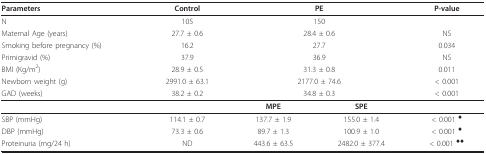
| Parameters | Control | <COLSPAN=2> PE | P-value |
 | --- | --- | --- | --- | --- |
 | N | 105 | <COLSPAN=2> 150 |  |
 | Maternal Age (years) | 27.7 ± 0.6 | <COLSPAN=2> 28.4 ± 0.6 | NS |
 | Smoking before pregnancy (%) | 16.2 | <COLSPAN=2> 27.7 | 0.034 |
 | Primigravid (%) | 37.9 | <COLSPAN=2> 36.9 | NS |
 | BMI (Kg/m2) | 28.9 ± 0.5 | <COLSPAN=2> 31.3 ± 0.8 | 0.011 |
 | Newborn weight (g) | 2991.0 ± 63.1 | <COLSPAN=2> 2177.0 ± 74.6 | < 0.001 |
 | GAD (weeks) | 38.2 ± 0.2 | <COLSPAN=2> 34.8 ± 0.3 | < 0.001 |
 |  |  | MPE | SPE |  |
 | SBP (mmHg) | 114.1 ± 0.7 | 137.7 ± 1.9 | 155.0 ± 1.4 | < 0.001 ♦ |
 | DBP (mmHg) | 73.3 ± 0.6 | 89.7 ± 1.3 | 100.9 ± 1.0 | < 0.001 ♦ |
 | Proteinuria (mg/24 h) | ND | 443.6 ± 63.5 | 2482.0 ± 377.4 | < 0.001 ♦♦ |